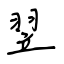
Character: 翌